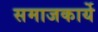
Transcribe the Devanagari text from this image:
समाजकार्ये